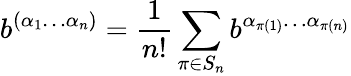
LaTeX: b^{(\alpha_{1}\ldots\alpha_{n})}=\frac{1}{n!}\sum_{\pi\in S_{n}}b^{\alpha_{\pi(1)}\ldots\alpha_{\pi(n)}}